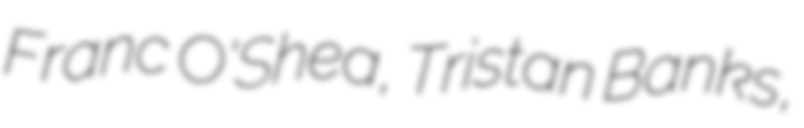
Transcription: Franc O'Shea, Tristan Banks,